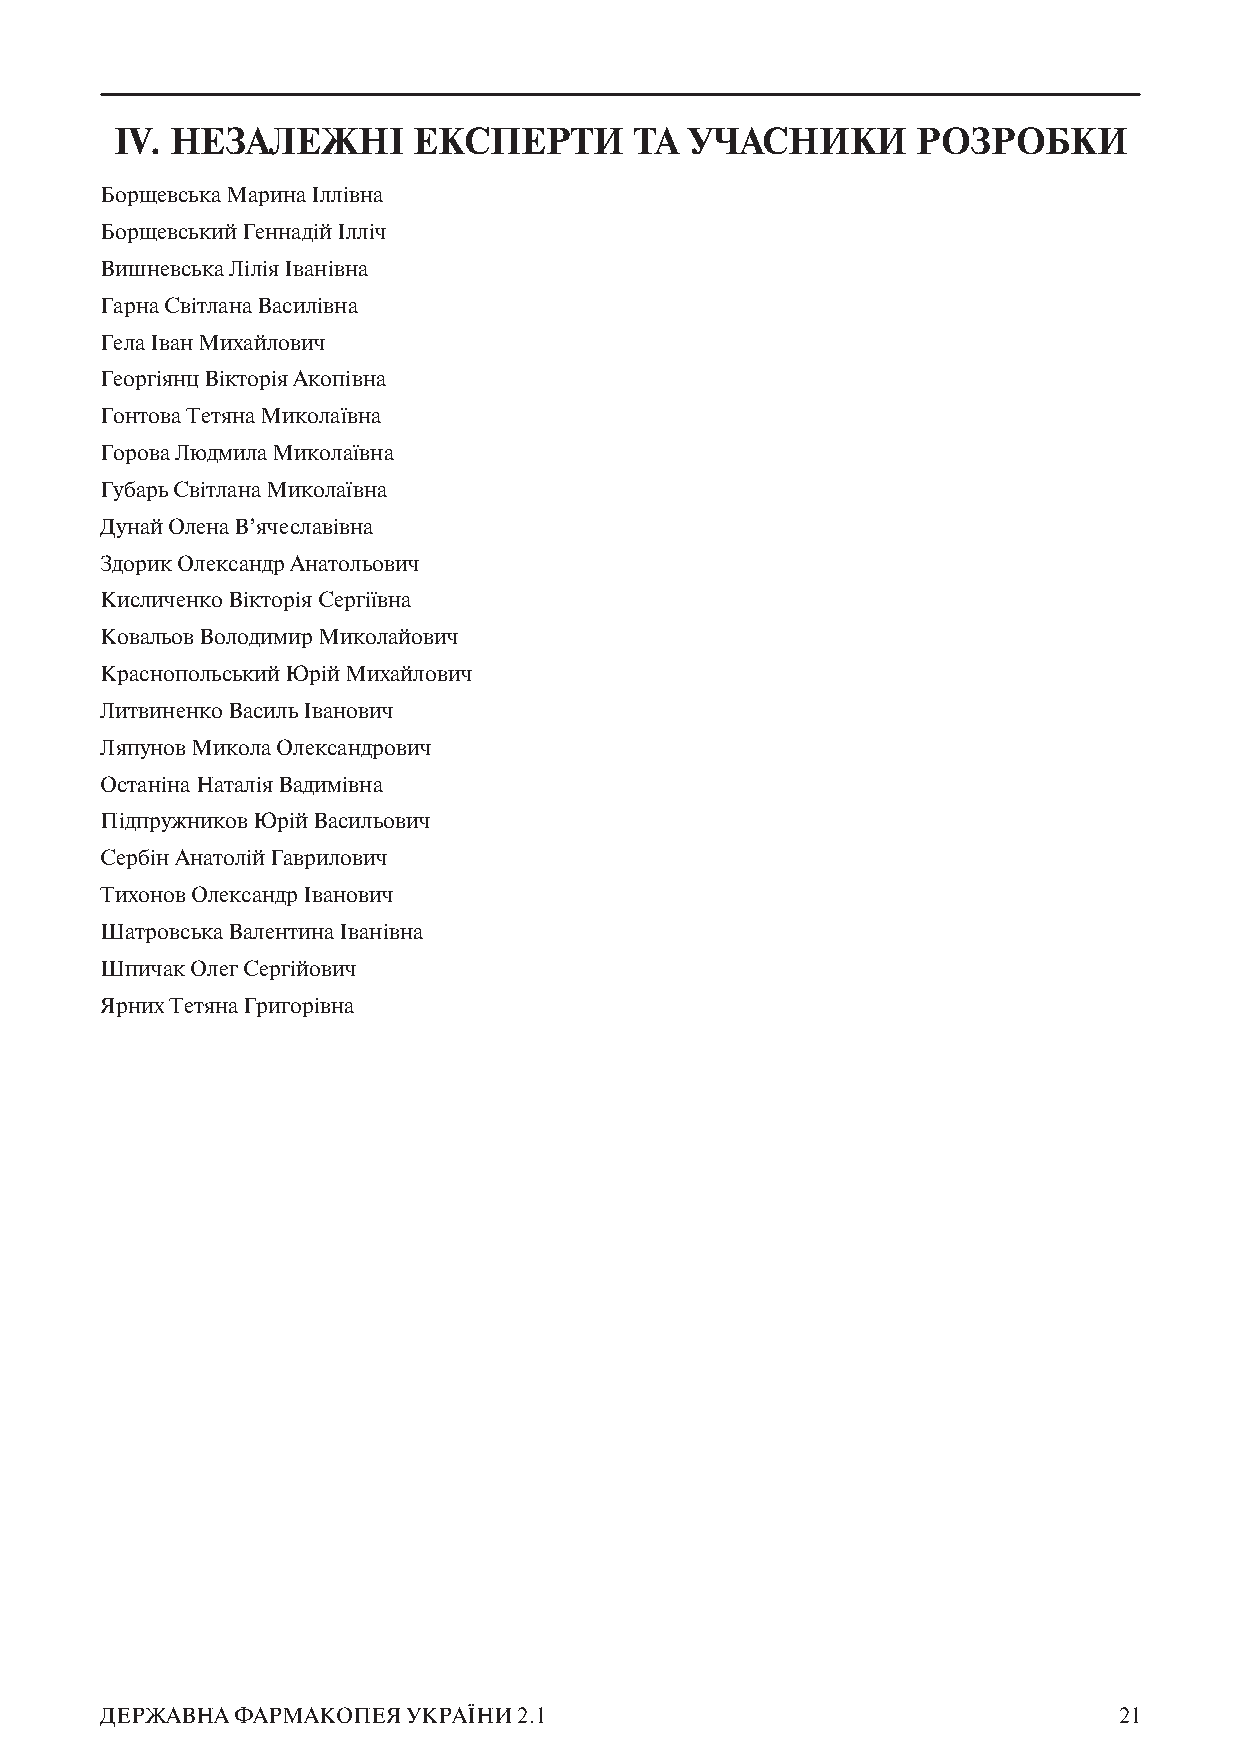
ІV. НЕЗАЛЕЖНІ      ЕКСПЕРТИ       ТА УЧАСНИКИ        РОЗРОБКИ
 Борщевська Марина Іллівна
 Борщевський Геннадій Ілліч
 Вишневська Лілія Іванівна
 Гарна Світлана Василівна
 Гела Іван Михайлович
 Георгіянц Вікторія Акопівна
 Гонтова Тетяна Миколаївна
 Горова Людмила Миколаївна
 Губарь Світлана Миколаївна
 Дунай Олена В’ячеславівна
 Здорик Олександр Анатольович
 Кисличенко Вікторія Сергіївна
 Ковальов Володимир Миколайович
 Краснопольський Юрій Михайлович
 Литвиненко Василь Іванович
 Ляпунов Микола Олександрович
 Останіна Наталія Вадимівна
 Підпружников Юрій Васильович
 Сербін Анатолій Гаврилович
 Тихонов Олександр Іванович
 Шатровська Валентина Іванівна
 Шпичак Олег Сергійович
 Ярних Тетяна Григорівна
 ДЕРЖАВНА ФАРМАКОПЕЯ УКРАЇНИ 2.1                                    21